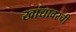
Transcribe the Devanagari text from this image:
खांद्यावरची